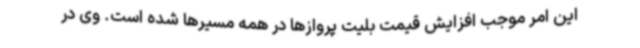
این امر موجب افزایش قیمت بلیت پروازها در همه مسیرها شده است. وی در